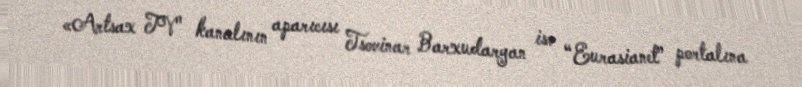
«Artsax TV" kanalının aparıcısı Tsovinar Barxudaryan isə “Eurasianet” portalına